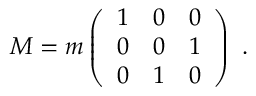
M = m \left( \begin{array} { c c c } { { 1 } } & { { 0 } } & { { 0 } } \\ { { 0 } } & { { 0 } } & { { 1 } } \\ { { 0 } } & { { 1 } } & { { 0 } } \end{array} \right) ~ .